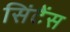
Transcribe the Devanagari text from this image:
सिंटैंस